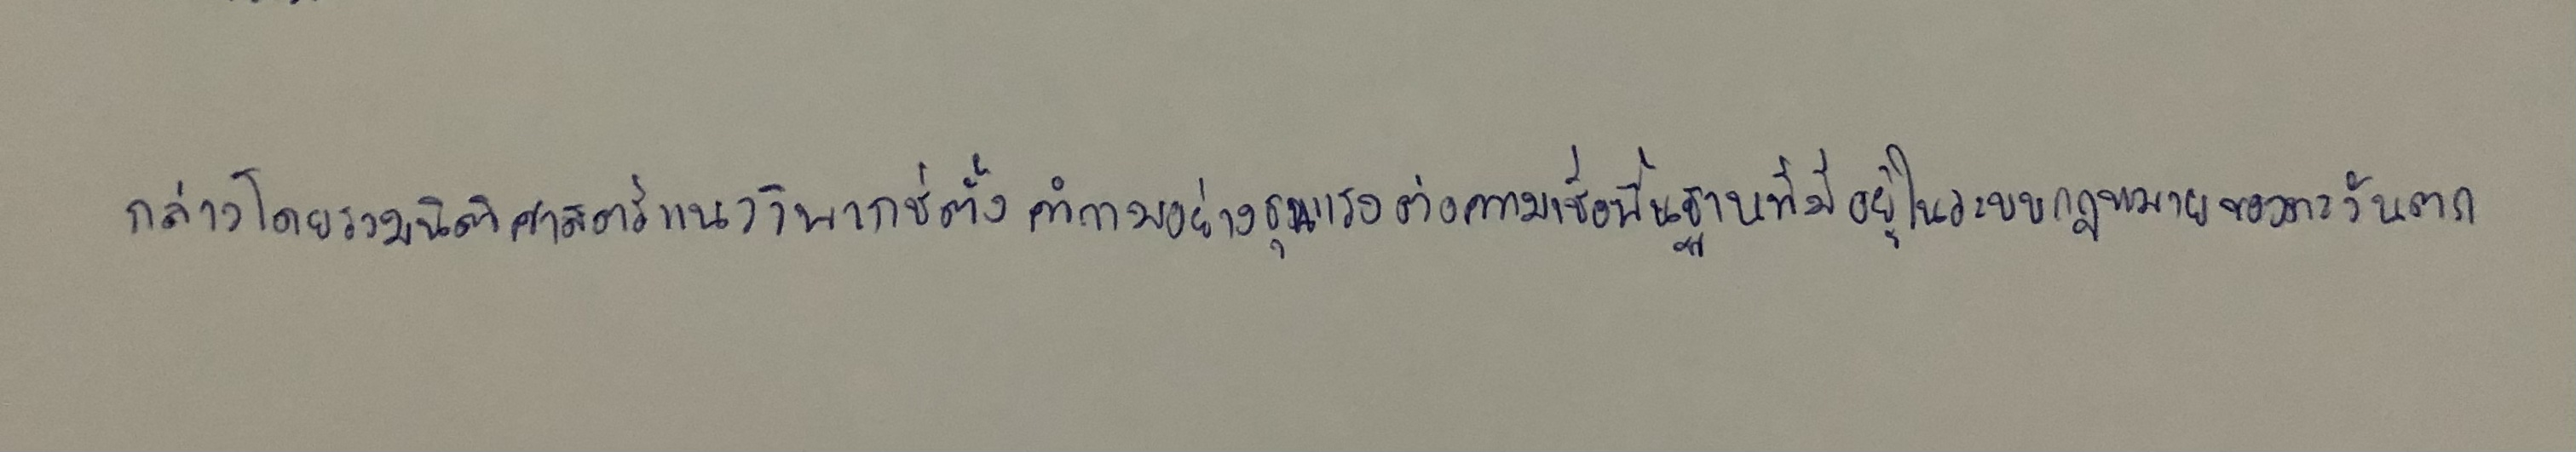
กล่าวโดยรวมนิติศาสตร์แนววิพากษ์ตั้งคำถามอย่างรุนแรงต่อความเชื่อพื้นฐานที่มีอยู่ในระบบกฎหมายของตะวันตก